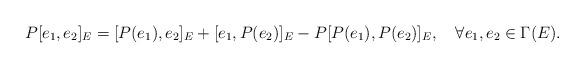
LaTeX: \begin{align*}P[e_1,e_2]_E=[P(e_1),e_2]_E+[e_1,P(e_2)]_E-P[P(e_1),P(e_2)]_E,\quad\forall e_1,e_2\in\Gamma(E).\end{align*}